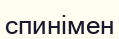
спинімен